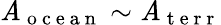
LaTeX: \mathit{A}_{\mathrm{{~o~c~e~a~n~}}}\sim\mathit{A}_{\mathrm{{~t~e~r~r~}}}